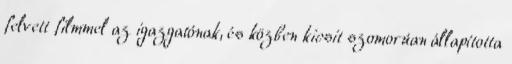
felvett filmmel az igazgatónak, és közben kicsit szomorúan állapította